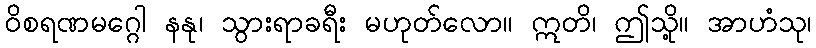
ဝိစရဏမဂ္ဂေါ နနု၊ သွားရာခရီး မဟုတ်လော။ ဣတိ၊ ဤသို့။ အာဟံသု၊